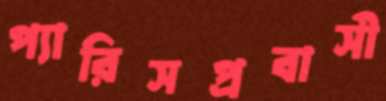
প্যারিসপ্রবাসী